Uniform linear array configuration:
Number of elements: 8
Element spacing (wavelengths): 1
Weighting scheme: blackman
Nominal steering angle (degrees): -45
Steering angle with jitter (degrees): -44.687
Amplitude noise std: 0.05
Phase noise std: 0.05

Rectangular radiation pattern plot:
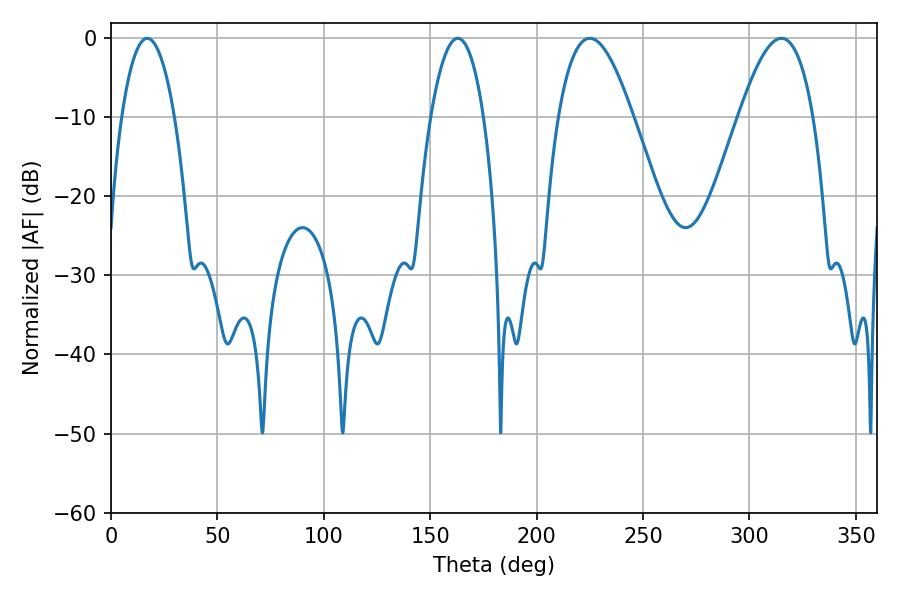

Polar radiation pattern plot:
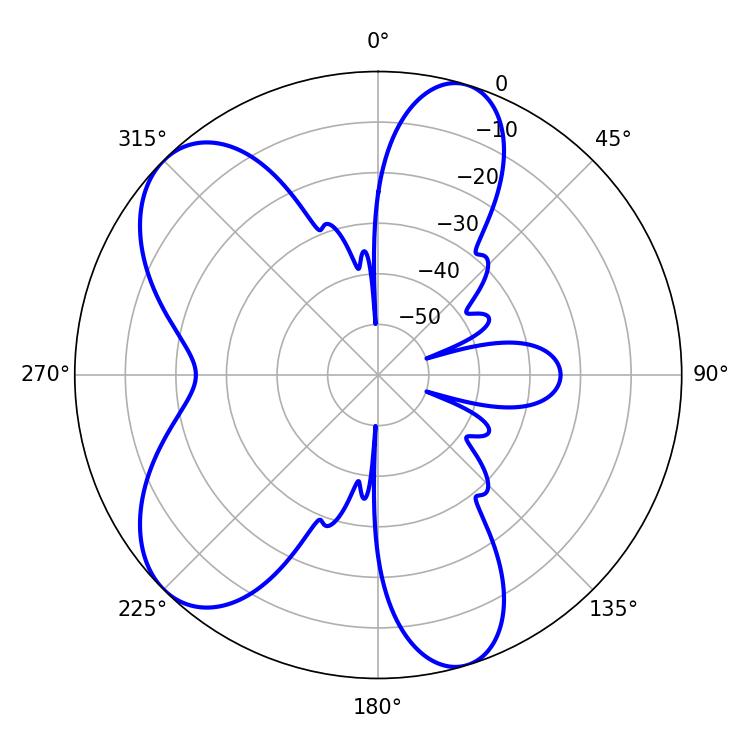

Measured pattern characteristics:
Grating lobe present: TRUE
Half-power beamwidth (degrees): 19.08
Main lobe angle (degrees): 225